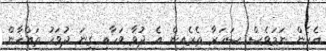
އެހެން ނަމަވެސް ސަހަރާ ތެރެއިން އެ ދުވާ ވަހާއި ގިނަ ދުވަހު ތައްޚާން